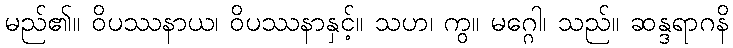
မည်၏။ ဝိပဿနာယ၊ ဝိပဿနာနှင့်။ သဟ၊ ကွ။ မဂ္ဂေါ၊ သည်။ ဆန္ဒရာဂနိ